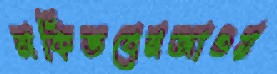
মকিতবেনজাওয়